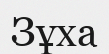
Зұха